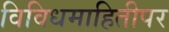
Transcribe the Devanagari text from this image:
विविधमाहितीपर